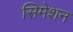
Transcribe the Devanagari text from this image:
सिमेशन